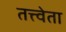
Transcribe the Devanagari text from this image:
तत्त्वेता